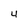
Character: 4